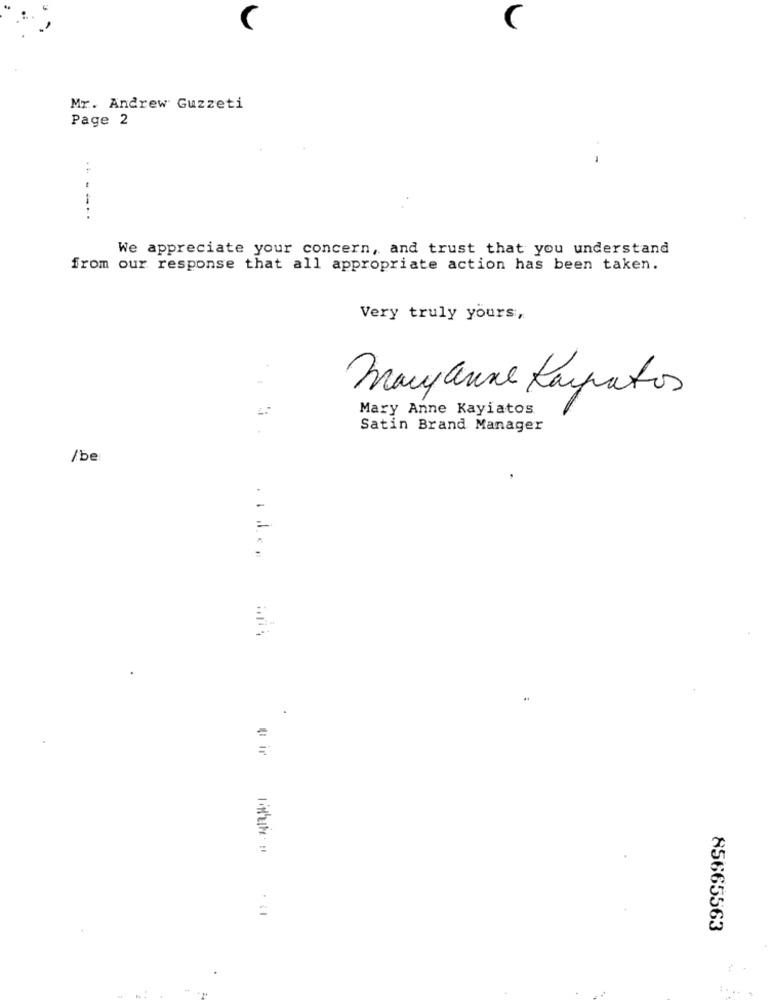
Mr. Andrew Guzzeti
Page 2
---..
We appreciate your concern, and trust that you understand
from our response that all appropriate action has been taken.
Very truly yours,
..
Mary anne Rampatos
Mary Anne Kayiatos
Satin Brand Manager
/be
.
85665563